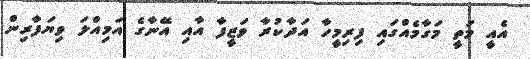
އެއީ މަތީ މަގާމެއްގައި ފިރިމީހާ އަދާކުރާ ވަޒީފާ އާއި އޭނާގެ އަމިއްލަ ވިޔަފާރިން